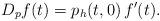
LaTeX: \begin{align*}D_p f(t) = p_h(t,0)\, f^{\prime}(t).\end{align*}